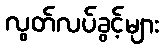
လွတ်လပ်ခွင့်များ